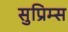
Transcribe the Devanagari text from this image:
सुप्रिम्स